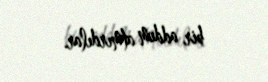
bir addım atmırdılar.